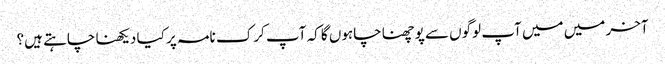
آخر میں میں آپ لوگوں سے پوچھنا چاہوں گا کہ آپ کرک نامہ پر کیا دیکھنا چاہتے ہیں؟